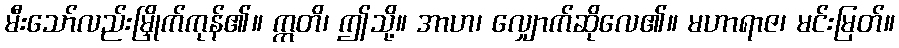
မီးသော်လည်းမြှိုက်ကုန်၏။ ဣတိ၊ ဤသို့။ အာဟ၊ လျှောက်ဆိုလေ၏။ မဟာရာဇ၊ မင်းမြတ်။